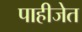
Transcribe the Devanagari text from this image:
पाहीजेत